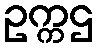
ဥက္ကဌ